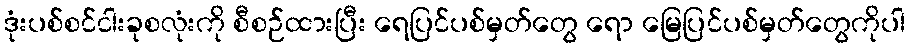
ဒုံးပစ်စင်ငါးခုစလုံးကို စီစဉ်ထားပြီး ရေပြင်ပစ်မှတ်တွေ ရော မြေပြင်ပစ်မှတ်တွေကိုပါ